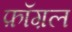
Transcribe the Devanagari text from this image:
फ़ॉग़ल